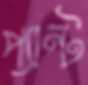
প্যান্ট